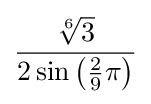
{\frac {\sqrt[{6}]{3}}{2\sin \left({\frac {2}{9}}\pi \right)}}